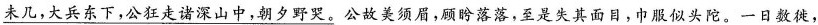
未几，大兵东下，公狂走诸深山中，朝夕野哭。公故美须眉，顾落落，至是失其面目，巾服似头陀。一日数徙，